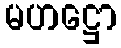
မဟဋ္ဌော